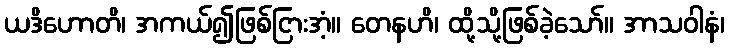
ယဒိဟောတိ၊ အကယ်၍ဖြစ်ငြားအံ့။ တေနဟိ၊ ထို့သို့ဖြစ်ခဲ့သော်။ အာသဝါနံ၊